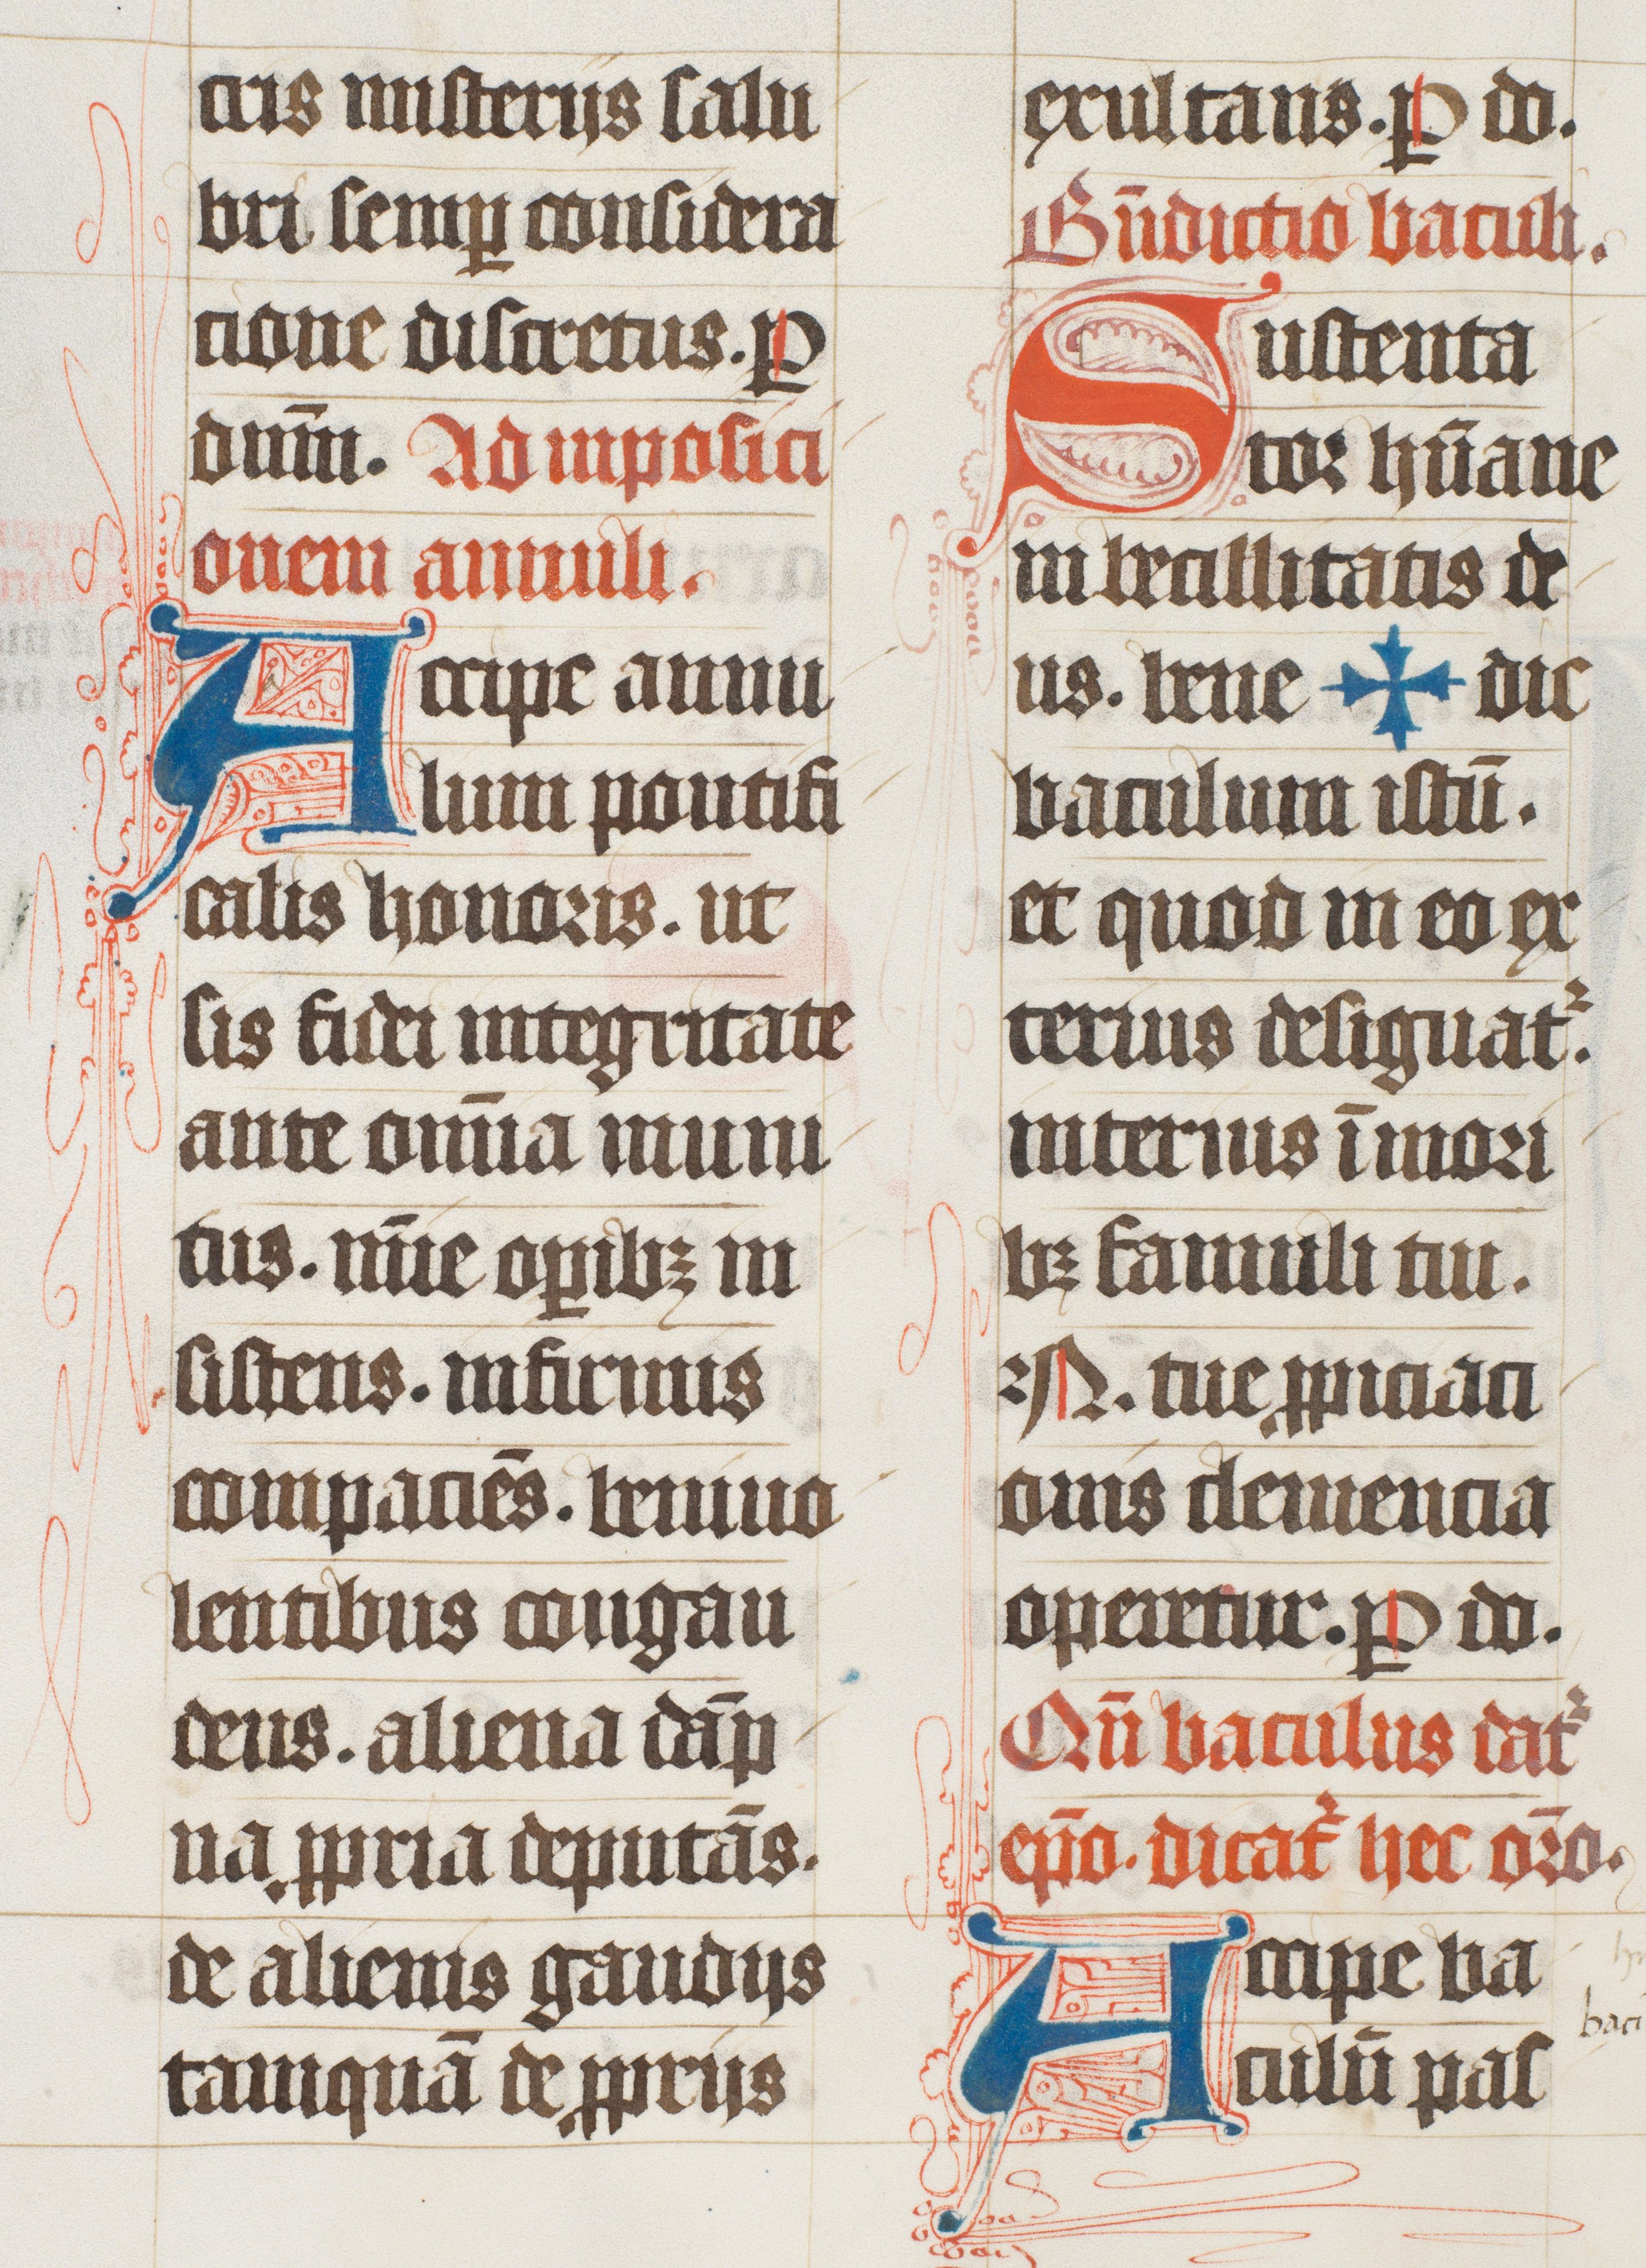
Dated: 1447–1478